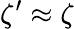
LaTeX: \zeta^{\prime}\approx\zeta